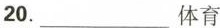
20.___体育